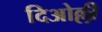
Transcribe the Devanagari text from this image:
दिओल्ली